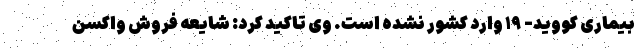
بیماری کووید- ۱۹ وارد کشور نشده است. وی تاکید کرد: شایعه فروش واکسن